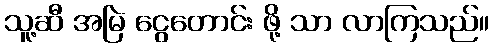
သူ့ဆီ အမြဲ ငွေတောင်း ဖို့ သာ လာကြသည်။